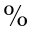
\%